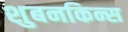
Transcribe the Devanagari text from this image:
शुबनकिन्स